Indian journal of veterinary science and animal husbandry - Volume 5,
Year: 1935
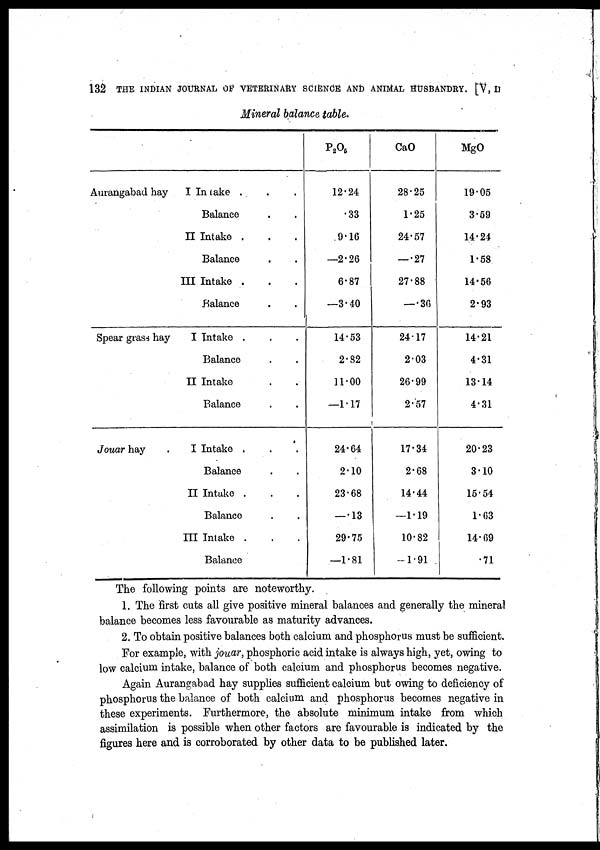
132 THE INDIAN JOURNAL OF VETERINARY SCIENCE AND ANIMAL HUSBANDRY. [V, II
Mineral balance table.
Aurangabad hay
Spoar grass hay
Jouar hay
I In take . . .
Balance . .
II Intake . . .
Balance . .
III Intake . . .
Balance . .
I Intake . . .
Balance . .
II Intake . .
Balance . .
I Intake . . .
Balance . .
II Intake . . .
Balance . .
III Intake . . .
Balance
P 2 O 6
12.24
.33
9.16
—2.26
6.87
—3.40
14.53
2.82
11.00
—1.17
24.64
2.10
23.68
— .13
29.75
—1.81
CaO
28.25
1.25
24.57
— .27
27.88
— .36
24.17
2.03
26.99
2.57
17.34
2.68
14.44
— 1.19
10.82
—1.91
MgO
19.05
3.59
14.24
1.58
14.56
2.93
14.21
4.31
13.14
4.31
20.23
3.10
15.54
1.63
14.69
.71
The following points are noteworthy.
1. The first cuts all give positive mineral balances and generally the mineral
balance becomes less favourable as maturity advances.
2. To obtain positive balances both calcium and phosphorus must be sufficient.
For example, with jouar, phosphoric acid intake is always high, yet, owing to
low calcium intake, balance of both calcium and phosphorus becomes negative.
Again Aurangabad hay supplies sufficient calcium but owing to deficiency of
phosphorus the balance of both calcium and phosphorus becomes negative in
these experiments. Furthermore, the absolute minimum intake from which
assimilation is possible when other factors are favourable is indicated by the
figures here and is corroborated by other data to be published later.